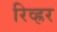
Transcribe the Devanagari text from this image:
रिव्ह्रर